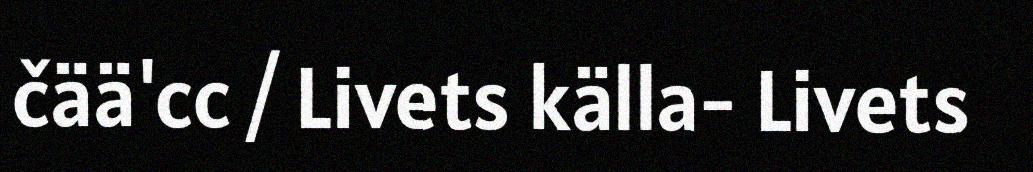
čää'cc / Livets källa- Livets